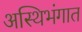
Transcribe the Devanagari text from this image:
अस्थिभंगात